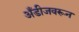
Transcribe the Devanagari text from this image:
अँडीजवरून